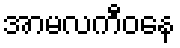
အာမလကီဝနေ